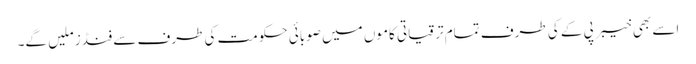
اسے بھی خیبر پی کے کی طرف تمام ترقیاتی کاموں میں صوبائی حکومت کی طرف سے فنڈز ملیں گے۔